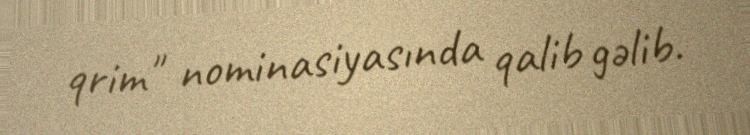
qrim" nominasiyasında qalib gəlib.